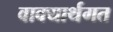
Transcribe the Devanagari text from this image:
वाक्यार्थगत